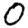
Digit: 0